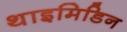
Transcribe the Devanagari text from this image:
थाइमिडिन